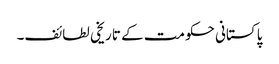
پاکستانی حکومت کے تاریخی لطائف۔